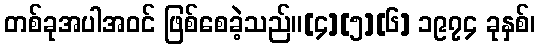
တစ်ခုအပါအဝင် ဖြစ်စေခဲ့သည်။[၄][၅][၆] ၁၉၇၄ ခုနှစ်၊